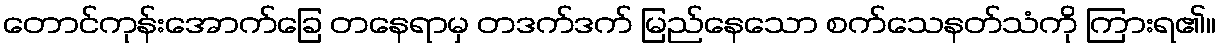
တောင်ကုန်းအောက်ခြေ တနေရာမှ တဒက်ဒက် မြည်နေသော စက်သေနတ်သံကို ကြားရ၏။